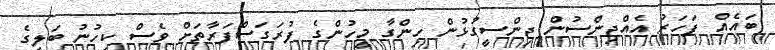
ބައެއް ފަހަރު އެއްޖިންސުން ޖިންސީގުޅުން ހިންގާ މީހުންގެ ފުރަގަސްފަރާތަށް ވެސް ކިހުނު ބަލީގެ